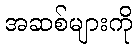
အဆစ်များကို